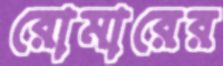
রোমারের